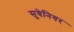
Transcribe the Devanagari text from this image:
सुवेनियर